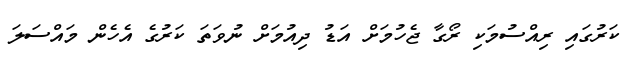
ކަރުގައި ރިއްސުމަކި ރޯގާ ޖެހުމަށް އަޑު ދިއުމަށް ނުވަތަ ކަރުގެ އެހެން މައްސަލަ